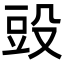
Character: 𣪌